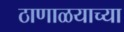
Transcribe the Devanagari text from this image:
ठाणाळयाच्या